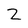
Character: Z